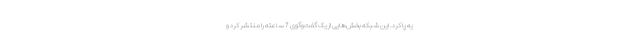
یه پا کرد. این شبکه بخش‌هایی از یک گفت‌وگوی 7 ساعته را منتشر کرد و